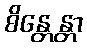
စိန္တေန္တာ